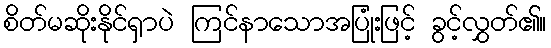
စိတ်မဆိုးနိုင်ရှာပဲ ကြင်နာသောအပြုံးဖြင့် ခွင့်လွှတ်၏။